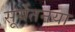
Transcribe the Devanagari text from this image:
सूर्यतनया